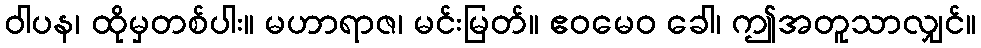
ဝါပန၊ ထိုမှတစ်ပါး။ မဟာရာဇ၊ မင်းမြတ်။ ဧဝမေဝ ခေါ၊ ဤအတူသာလျှင်။